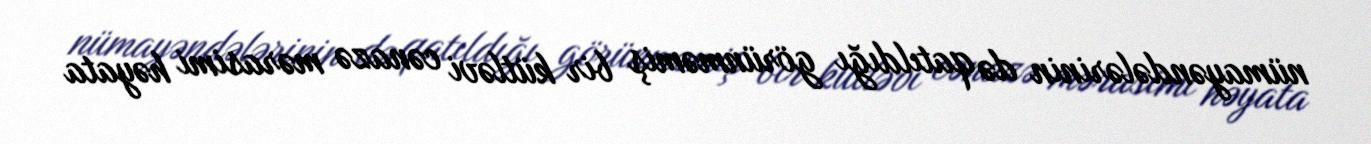
nümayəndələrinin də qatıldığı görünməmiş bir kütləvi cənazə mərasimi həyata